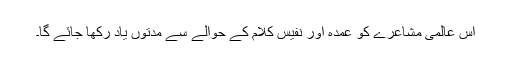
اس عالمی مشاعرے کو عمدہ اور نفیس کلام کے حوالے سے مدتوں یاد رکھا جائے گا۔